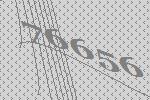
76656